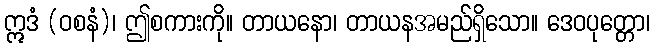
ဣဒံ (ဝစနံ)၊ ဤစကားကို။ တာယနော၊ တာယနအမည်ရှိသော။ ဒေဝပုတ္တော၊